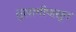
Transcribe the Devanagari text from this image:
तुलागीपासून